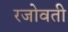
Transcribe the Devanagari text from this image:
रजोवती